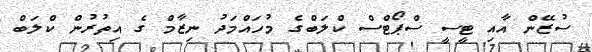
ސުޒޭން އާއި ޓީސީ ސްޕޯޓްސް ކްލަބްގެ މުހައްމަދު ނިޒާމް ގެ އިތުރުން ކްލަބް